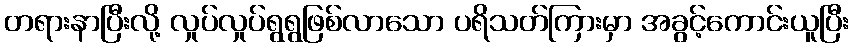
တရားနာပြီးလို့ လှုပ်လှုပ်ရွရွဖြစ်လာသော ပရိသတ်ကြားမှာ အခွင့်ကောင်းယူပြီး